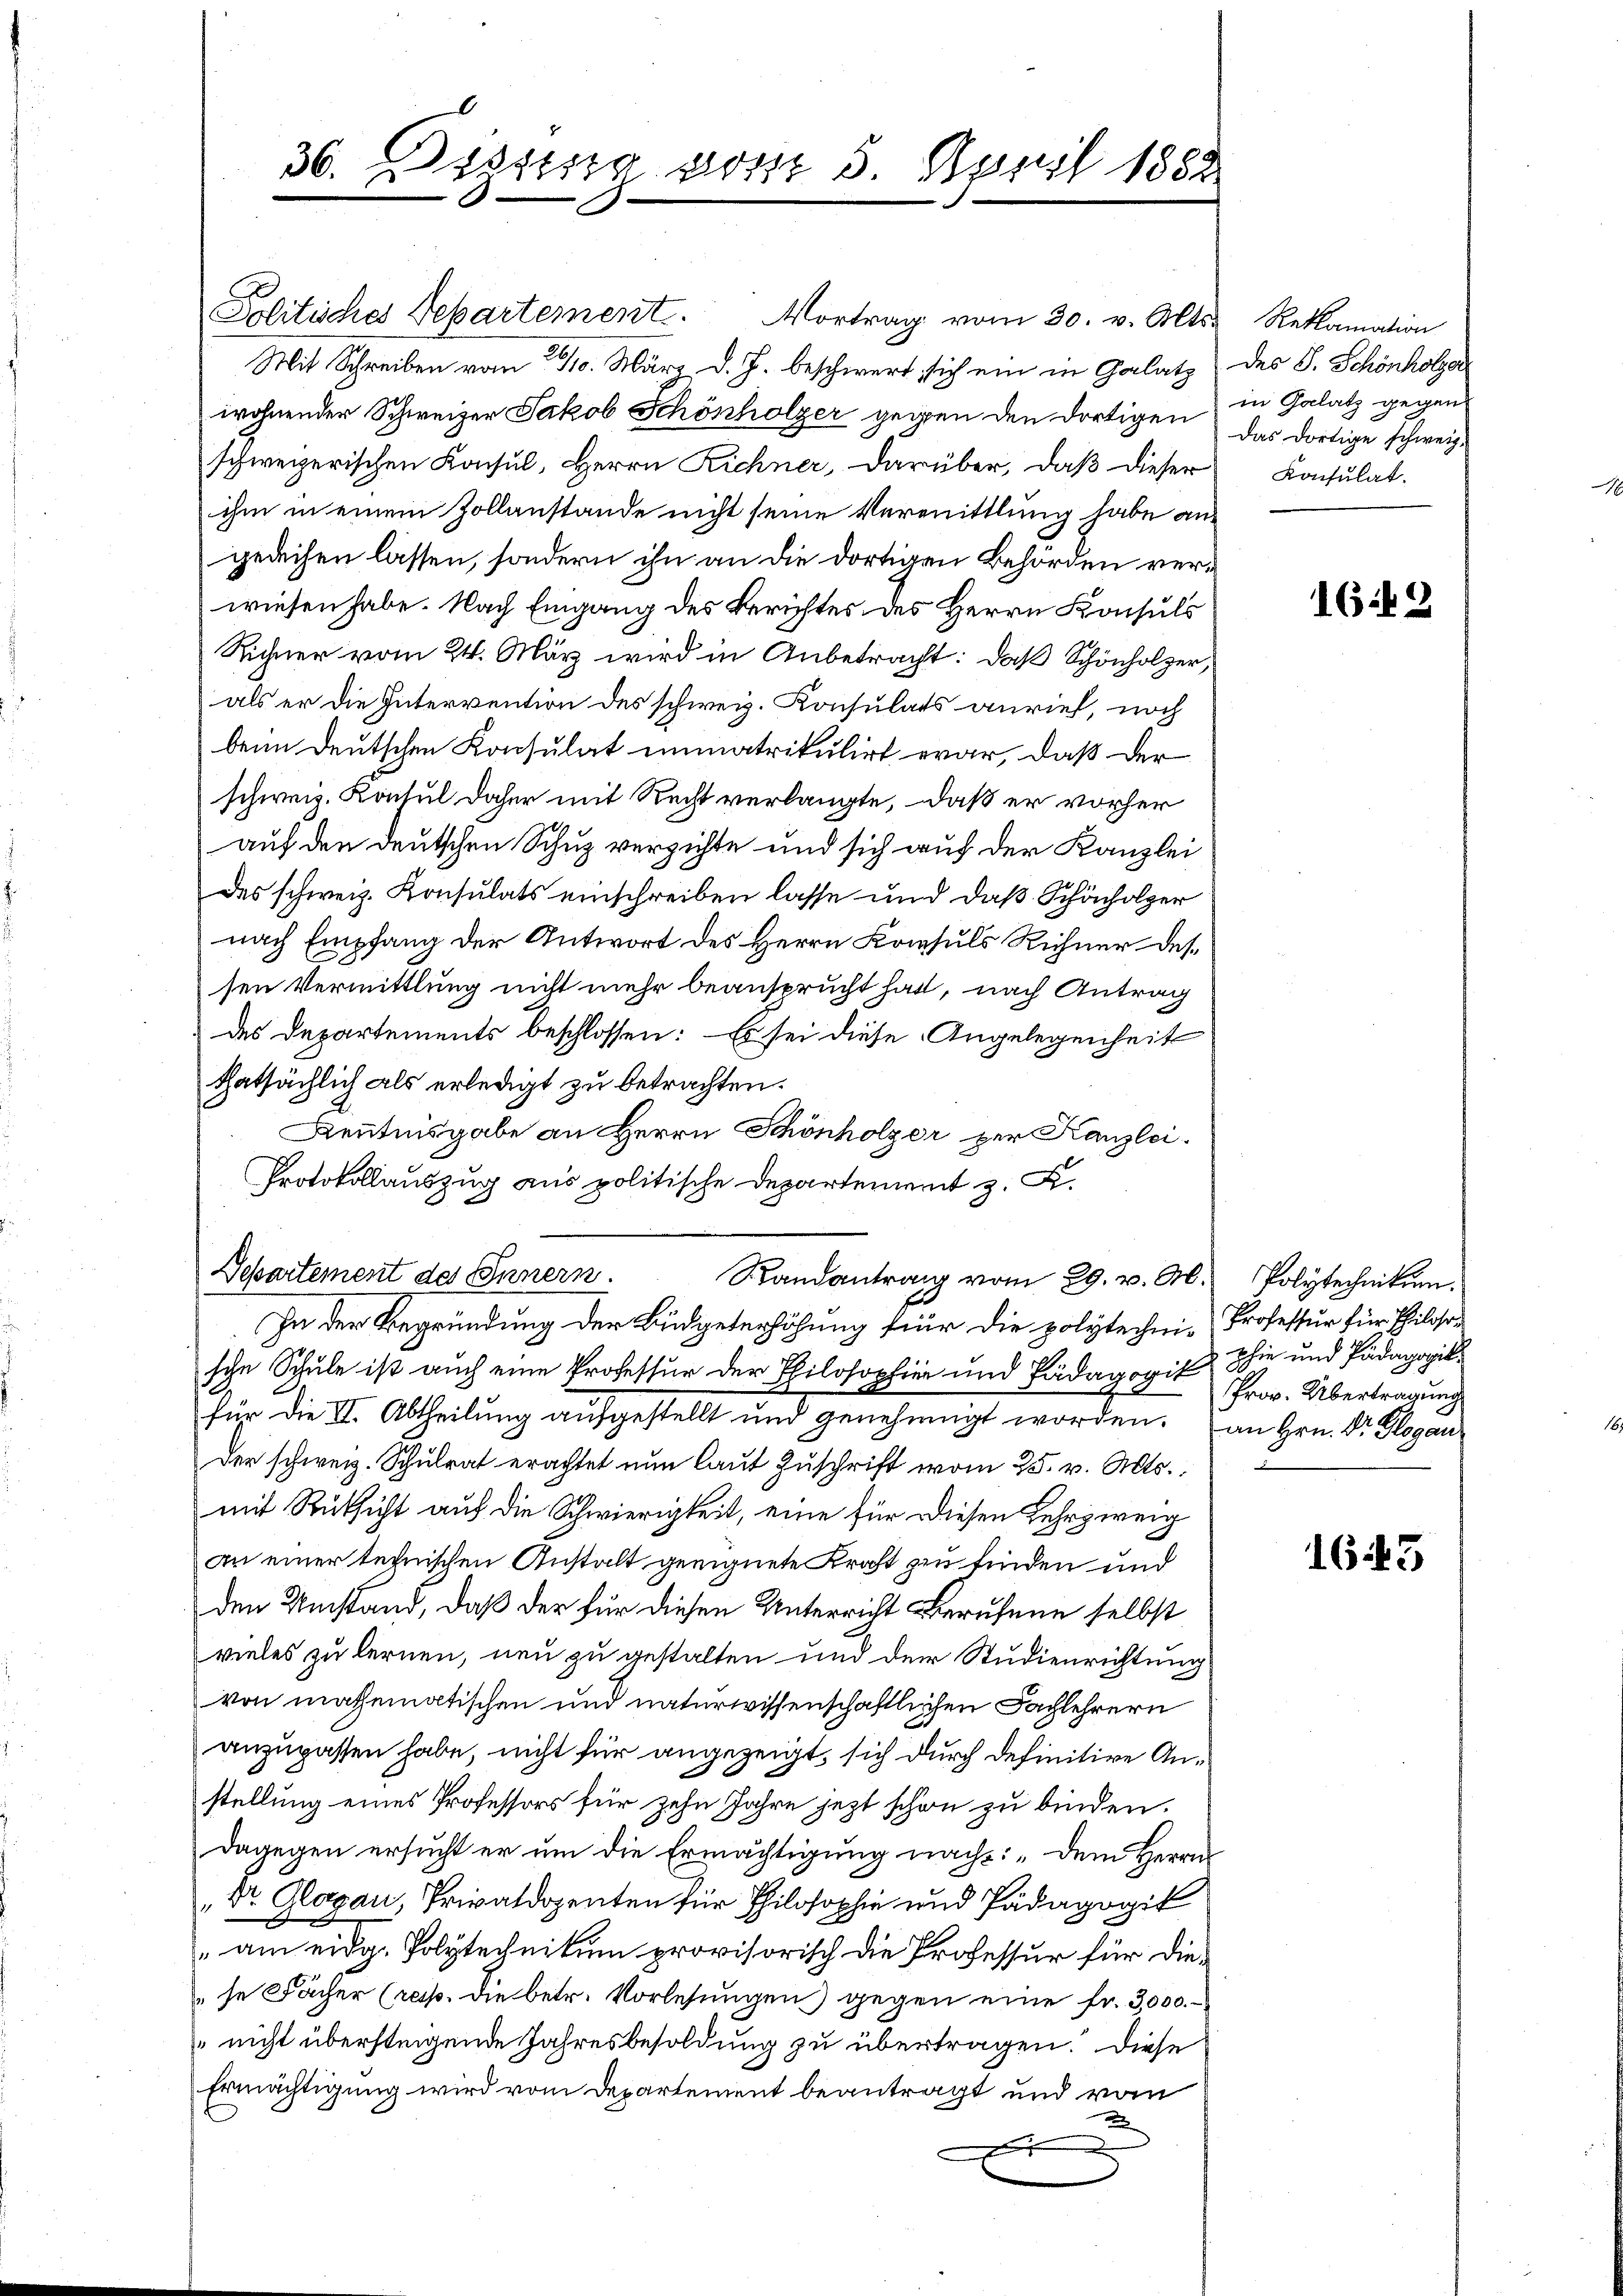
Politisches Departement. Vortrag vom 30. v. Mts.
Mit Schreiben vom 19/10. März d. J. beschwert sich ein in Glatz des S. Schönholzer
wohnender Schweizer Jakob Schönholzer gegen den dortigen in Gelatz gegen
schweizerischen Konsul, Herrn Richner, darüber, daß dieser
ihm in einem Zollanstande nicht seine Vermittlung habe angerechen lassen, sondern ihn an die dortigen Behörden verwiesen habe. Nach Eingang des Berichtes des Herrn Konsuls
Richner vom 24. März wird in Anbetracht: daß Schönholzer,
als er die Intervention des schweiz. Konsulats anrief, noch
beim Deutschen Konsulat immatrikulirt war, daß der
schweiz. Konsul daher mit Recht verlangte, daß er vorher
auf den deutschen Schuz verzichte und sich auf der Kanzlei
des schweiz. Konsulats einschreiben lasse und daß Schönholzer
nach Empfang der Antwort des Herrn Konsuls Rechner Dessen Vermittlung nicht mehr beansprucht hatt, nach Antrag
des Departements beschlossen: Es sei diese Angelegenheit
thatsächlich als erledigt zu betrachten.
Kenntnisgabe an Herrn Schönholzer per Kanzlei-
Protokollauszug aus politische Departement z. B.
Departement des Innern.
Randantrag vom 29. v. M. Polytechnikum.
In der Begründung der Büdgeterhöhung für die polytechni-Professur für Philososche Schule ist auch eine Professur der Philosophier und Pädagogis Prov. Übertragung
für die II. Abtheilung aufgestellt und genehmigt worden. an Hrn. S. Klagan
der schweiz. Schulrat erachtet nun laut Zuschrift vom 25. v. Mts.
mit Rücksicht auf die Schwierigkeit, eine für diesen Lehrzweig
an einer technischen Anstalt geeignete Kraft zu finden und
den Umstand, daß der für diesen Unterricht Berufene selbst
vieles zu lernen, neu zu gestalten und der Studienrichtung
von mathematischen und naturwissenschaftlichen Fachlehrern
anzupassen habe, nicht für angezeigt, sich durch definitive Anstellung eines Professors für zehn Jahre jezt schon zu binden.
dagegen ersucht er um die Ermächtigung nach: „Dem Herrn
Dr. Glagan, Privatdozenten für Philosophie und Pädagogik
" am eidg. Polytechnikum provisorisch die Professur für die
"se Fächer (resp. die betr. Vorlesungen gegen eine fr. 3000.
nicht übersteigende Jahresbesoldung zu übertragen. Diese
Ermächtigung wird vom Departement beantragt und vom
2
.
2

36. Dezing von 5 April 1852
x

Reklamation
Das dortige schweiz.
Konsulat.

1642

phie und Pädagogikl.

1643